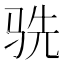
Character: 𬳽